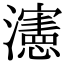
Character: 瀗